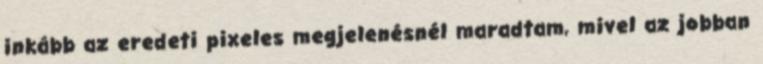
inkább az eredeti pixeles megjelenésnél maradtam, mivel az jobban